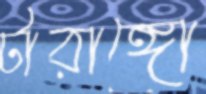
টারাঙ্গো